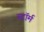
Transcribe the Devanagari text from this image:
स्टाॅर्म